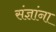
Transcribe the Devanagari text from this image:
संज्ञांना